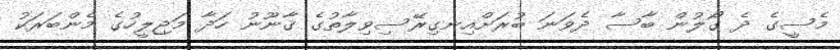
މެސީގެ ދެ ގޯލުން ބާސާ ދެވަނަ ބުރަށްއިނގިރޭސިވިލާތުގެ ޤާނޫނު ހަދާ މަޖިލީހުގެ މެންބަރަކު